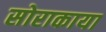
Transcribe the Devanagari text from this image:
सोराकाया